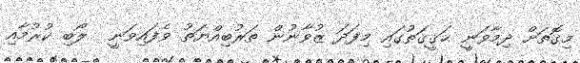
މިގޮތަށް ދިމާވަނީ ޙަޤީޤަތުގައި މިފަދަ ޒުވާނުން ތަރުބިއްޔަތު ވެފައިވަނީ  ލޯބި ކުރުމާއި